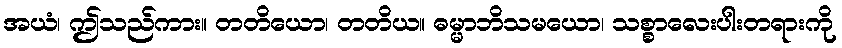
အယံ၊ ဤသည်ကား။ တတိယော၊ တတိယ။ ဓမ္မာဘိသမယော၊ သစ္စာလေးပါးတရားကို